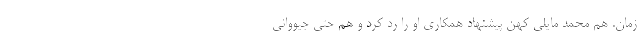
زمان. هم محمد مایلی کهن پیشنهاد همکاری او را رد کرد و هم حتی جیووانی